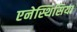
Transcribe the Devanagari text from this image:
एनेस्थिसिया